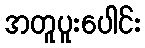
အတူပူးပေါင်း